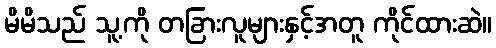
မိမိသည် သူ့ကို တခြားလူများနှင့်အတူ ကိုင်ထားဆဲ။